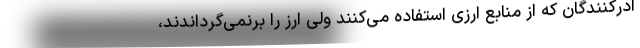
ادرکنندگان که از منابع ارزی استفاده می‌کنند ولی ارز را برنمی‌گرداندند،